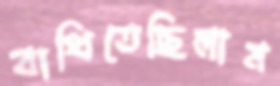
বাধিতেছিলাম